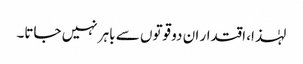
لہٰذا، اقتدار ان دو قوتوں سے باہر نہیں جاتا۔